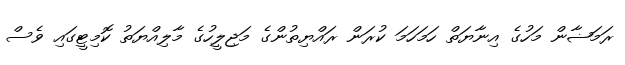
ރަމަޟާން މަހުގެ އިނާޔަތް ހަމަހަމަ ކުރަން ރައްޔިތުންގެ މަޖިލީހުގެ މާލިއްޔަތު ކޮމިޓީގައި ވެސް